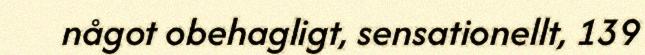
något obehagligt, sensationellt, 139